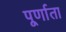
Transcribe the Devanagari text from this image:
पूर्णाता